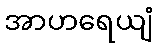
အာဟရေယျံ